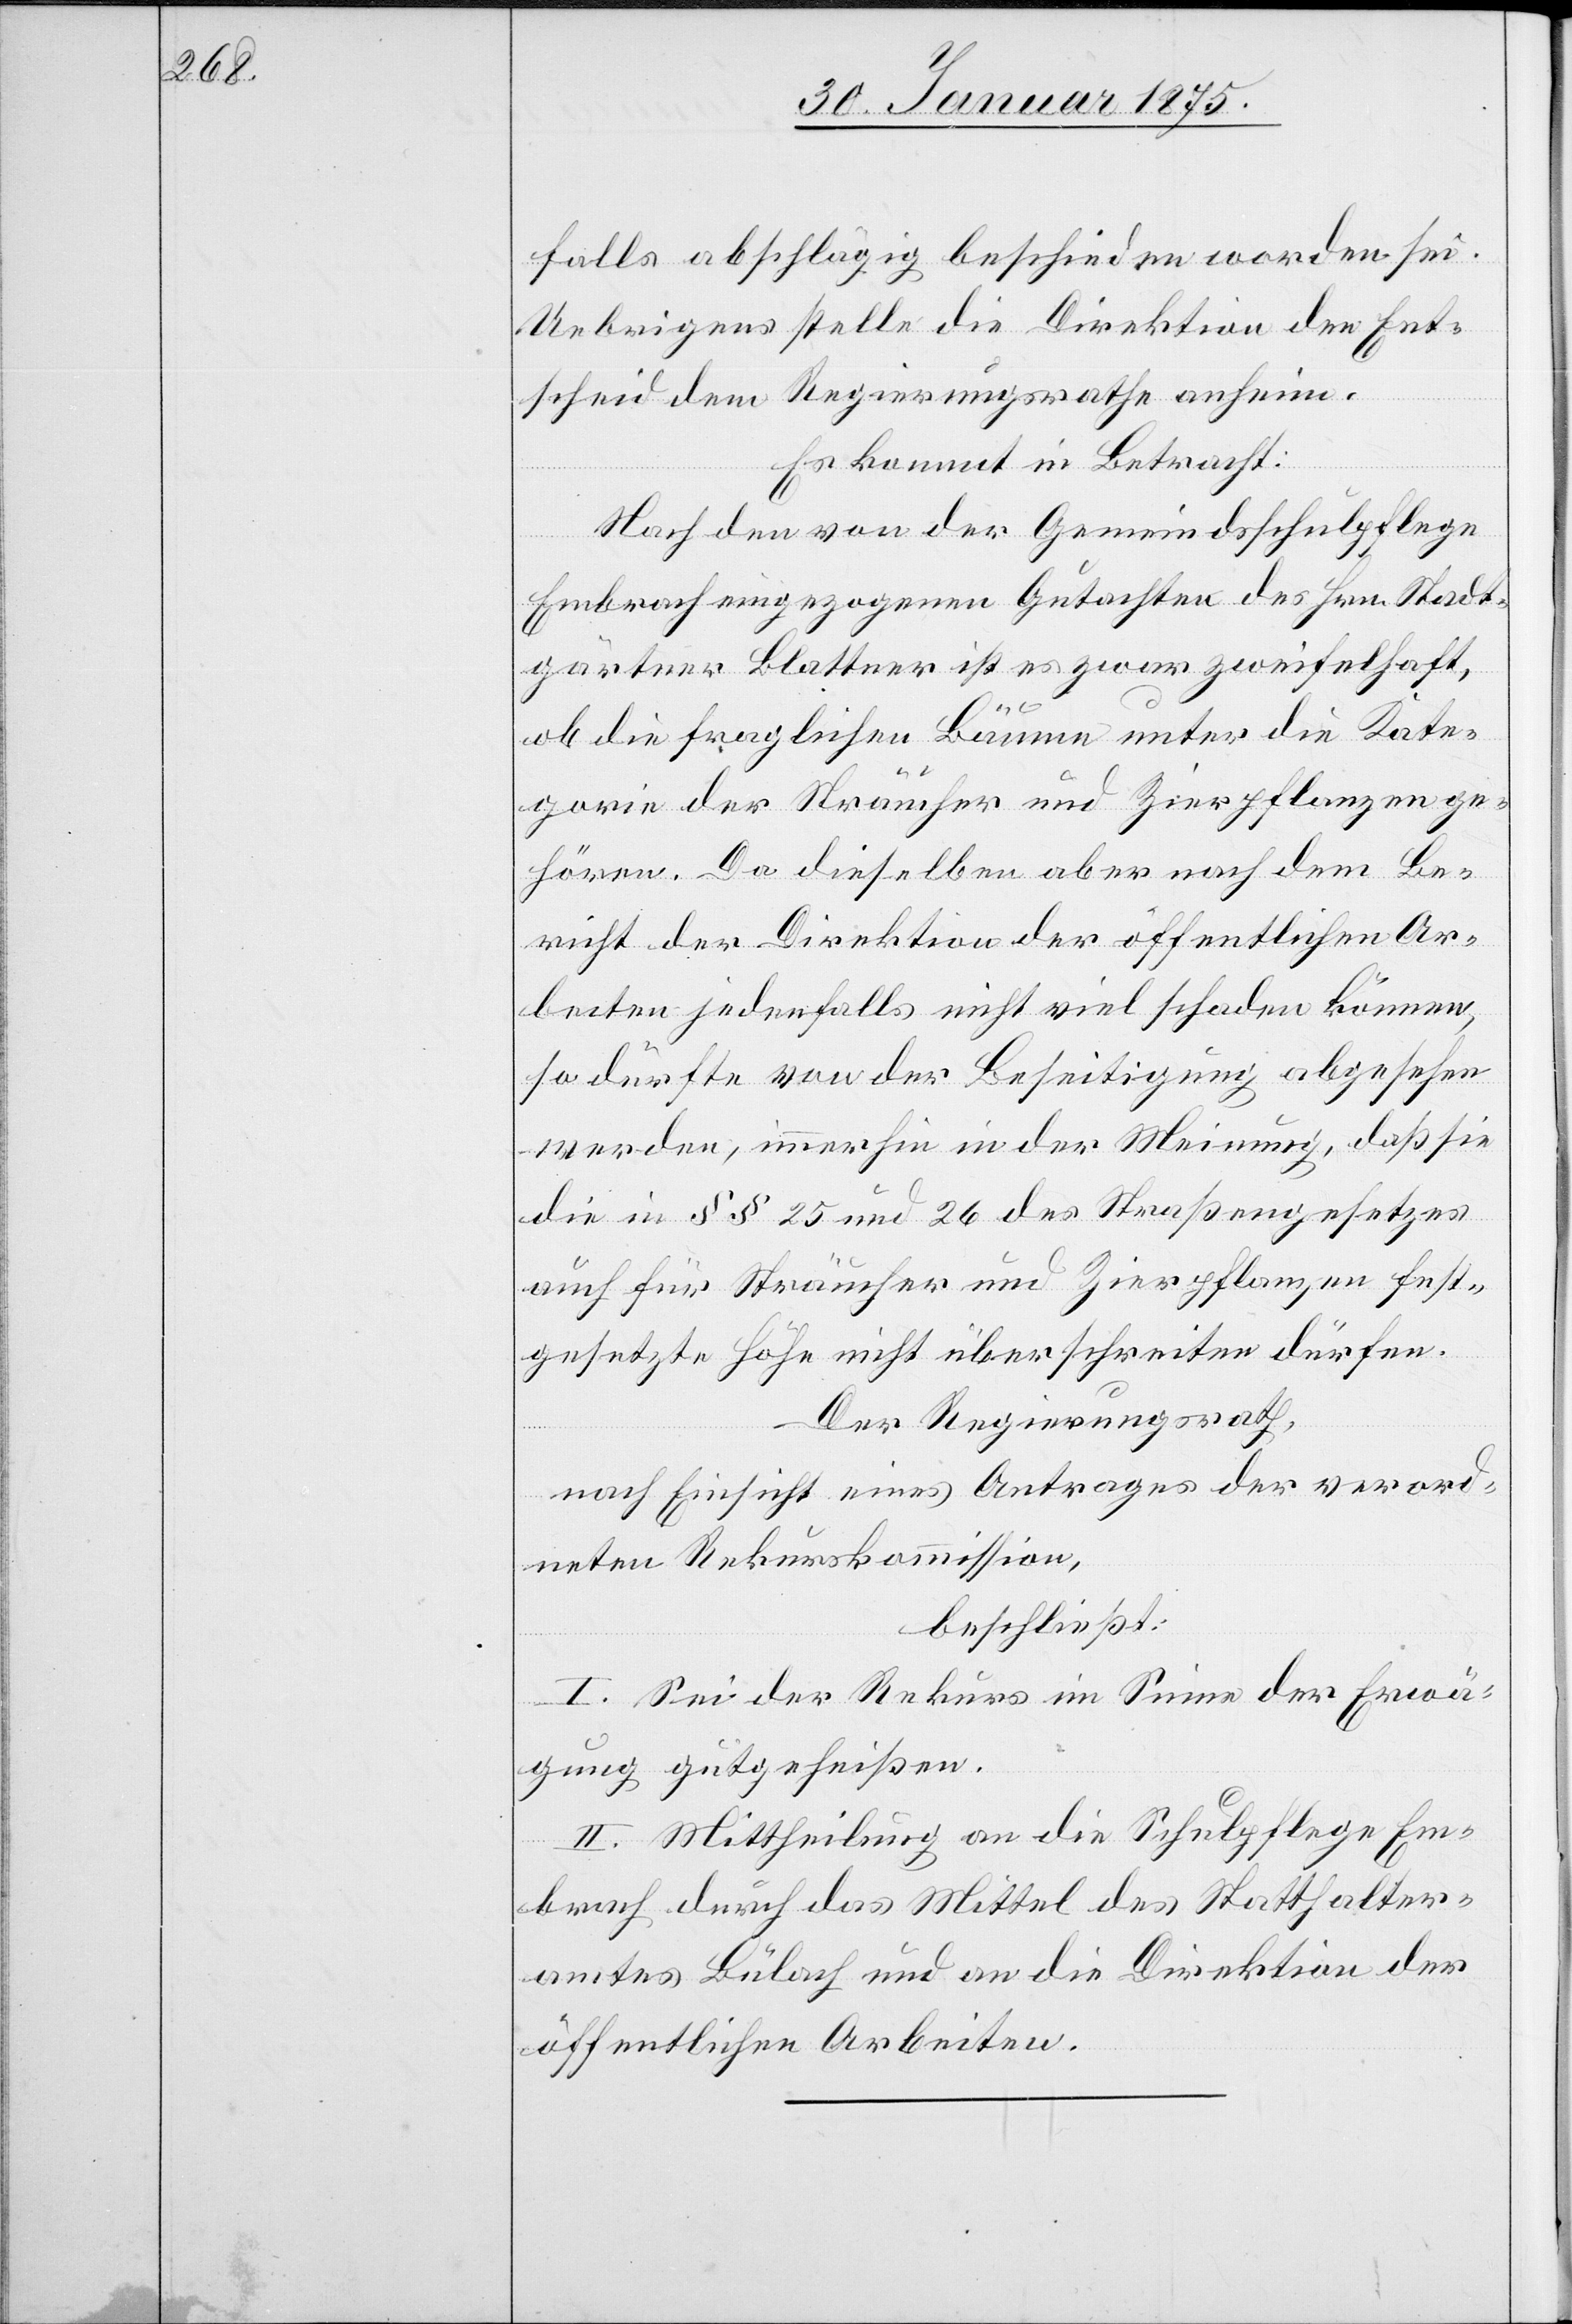
falls abschlägig beschieden worden sei.
Uebrigens stelle die Direktion den Ent¬
schied dem Regierungsrathe anheim.
Es kommt in Betracht:
Nach den von der Gemeindsschulpflege
Embrach eingezogenen Gutachten des Hrn. Stadt¬
gärtner Blattner ist es zwar zweifelhaft,
für
ob die fraglichen Bäume unter die Kate¬
gorie der Sträucher und Zierpflanzen ge¬
hören. Da dieselben aber nach dem Be¬
richt der Direktion der öffentlichen Ar¬
beiten jedenfalls nicht viel schaden können,
so dürfte von der Beseitigung abgesehen
werden, immerhin in der Meinung, daß sie
die in §§ 25 und 26 des Straßengesetzes
Der Regierungsrath,
nach Einsicht eines Antrages der verord¬
neten Rekurskommission,
beschließt:
I. Sei der Rekurs im Sinne der Erwä¬
dürfen.
gung gutgeheißen.
II. Mittheilung an die Schulpflege Em¬
brach durch das Mittel des Statthalter¬
amtes Bülach und an die Direktion der
öffentlichen Arbeiten.